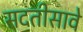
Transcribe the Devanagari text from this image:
सदतीसावे